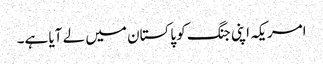
امریکہ اپنی جنگ کو پاکستان میں لے آیا ہے۔